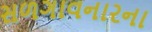
સળગાવનારના